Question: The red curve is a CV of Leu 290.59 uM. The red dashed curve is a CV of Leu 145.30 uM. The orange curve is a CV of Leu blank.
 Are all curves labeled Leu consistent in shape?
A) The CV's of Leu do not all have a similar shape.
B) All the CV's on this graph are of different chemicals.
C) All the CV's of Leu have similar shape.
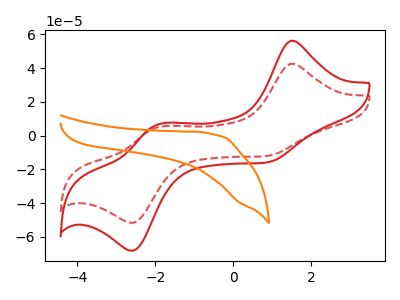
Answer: <think>The red curve "Leu 290.59 uM" has anodic peaks at (1.50V, 56.25uA) (-1.90V, 6.70uA) and cathodic peaks at (0.85V, -15.95uA) (-2.55V, -68.15uA). The red dashed curve "Leu 145.30 uM" has anodic peaks at (1.50V, 42.65uA) (-1.90V, 5.05uA) and cathodic peaks at (0.85V, -12.10uA) (-2.55V, -51.65uA). The orange curve "Leu blank" has no peaks.
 All the peaks in "Leu 290.59 uM" have a peak in "Leu 145.30 uM" at the same potential. Every peak in "Leu 290.59 uM" is higher than every peak in "Leu 145.30 uM". "Leu 290.59 uM" and "Leu blank" have a different number of peaks. "Leu 145.30 uM" and "Leu blank" have a different number of peaks.</think>
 <answer>C) All the CV's of "Leu" have similar shape.</answer>
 <eval>C</eval>